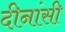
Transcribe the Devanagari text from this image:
दीनांसी